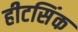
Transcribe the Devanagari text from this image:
हीटसिंक